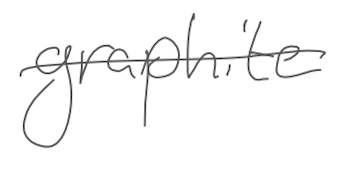
Text: graphite
Cross-out: single-line
Writing tool: digital_gray